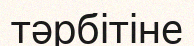
тәрбітіне